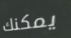
يمكنك